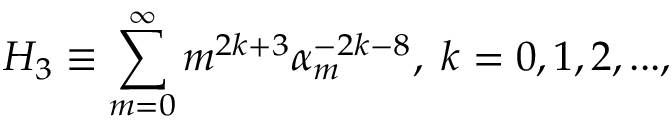
H _ { 3 } \equiv \sum _ { m = 0 } ^ { \infty } m ^ { 2 k + 3 } \alpha _ { m } ^ { - 2 k - 8 } , \; k = 0 , 1 , 2 , . . . ,